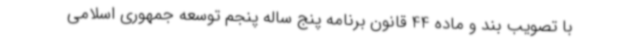
با تصویب بند و ماده 44 قانون برنامه پنج ساله پنجم توسعه جمهوری اسلامی